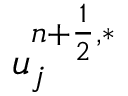
u _ { j } ^ { n + \frac { 1 } { 2 } , \ast }